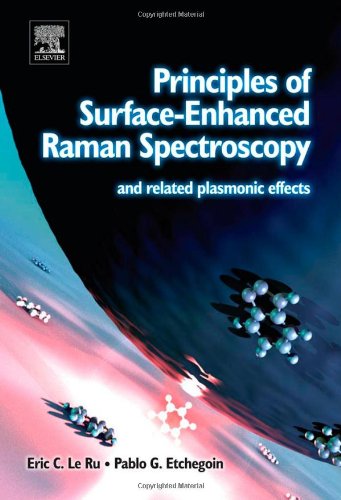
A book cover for Principles of Surface-Enhanced Raman Spectroscopy: and related plasmonic effects; Eric Le Ru; Science & Math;